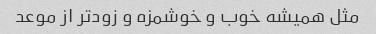
مثل همیشه خوب و خوشمزه و زودتر از موعد